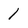
Character: 1